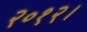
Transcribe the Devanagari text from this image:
२०१२।